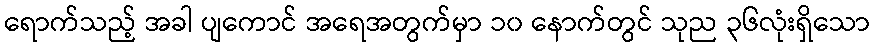
ရောက်သည့် အခါ ပျကောင် အရေအတွက်မှာ ၁၀ နောက်တွင် သုည ၃၆လုံးရှိသော